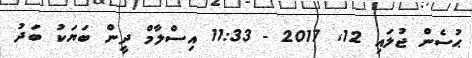
ޙުސެން ޖުލައި 12